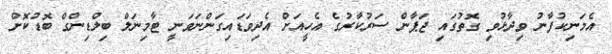
އެމަނިކުފާނު ވިދާޅުވި ގޮތުގައި ޖަޕާން ސަރުކާރުގެ އެހީއަށް އެދިވަޑައިގަންނަވަނީ ޓާމިނަލް ބިލްޑިންގް ބޮޑުކޮށް